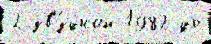
2 зв'́здной 1982 до